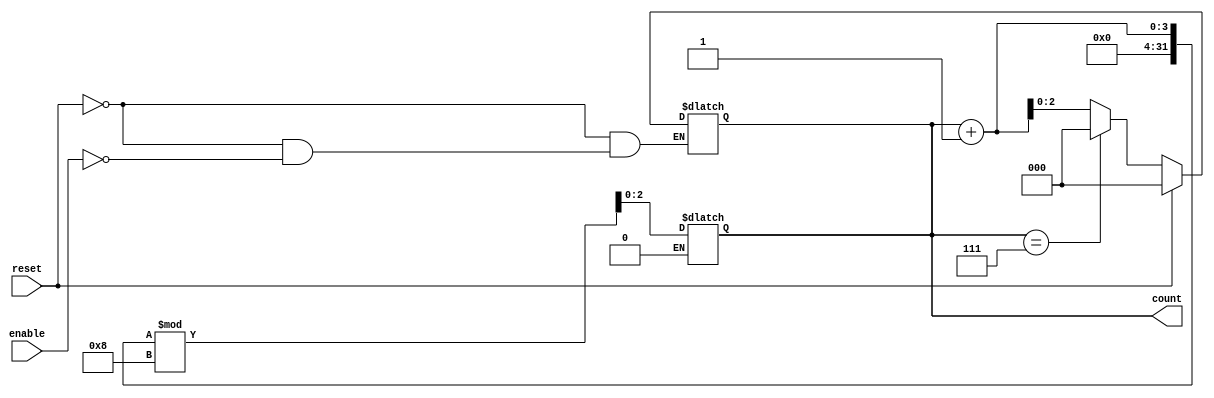
module mod_n_async_counter (
    input wire reset,      // Asynchronous reset
    input wire enable,     // Enable signal to allow counting
    output reg [2:0] count // 3-bit output for Mod-8 counter
);

    // Parameter for Mod-N counter
    parameter N = 8; // Change this value for different Mod-N counters
    localparam M = 3; // Number of flip-flops required (ceil(log2(N)))

    // Asynchronous reset and counting logic
    always @(*) begin
        if (reset) begin
            count = 3'b000; // Reset count to 0
        end else if (enable) begin
            // Count logic: Increment on the falling edge of the LSB
            if (count == (N-1)) begin
                count = 3'b000; // Wrap around
            end else begin
                count = count + 1; // Increment count
            end
        end
    end

    // Generate the falling edge detection for the LSB
    reg [2:0] prev_count;
    always @(count) begin
        if (count[0] == 1'b0 && prev_count[0] == 1'b1) begin
            // Falling edge detected on LSB
            count <= (count + 1) % N; // Increment count
        end
        prev_count <= count; // Store previous count
    end

endmodule